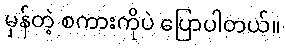
မှန်တဲ့ စကားကိုပဲ ပြောပါတယ်။